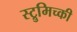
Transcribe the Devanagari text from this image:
स्ट्रुमिच्की